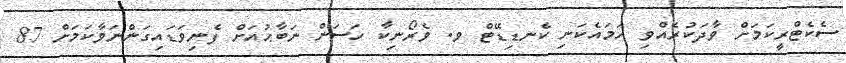
ސެކެޓްރީކަމަށް ވާދަކުރެއްވި ހަމައެކަނި ކެނޑިޑޭޓް ވ. ވެރޯނިކާ ހަސަން ނަބާޙުއަށް ފެނިވަޑައިގަންނަވާކަމަށް 87